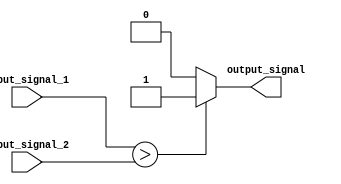
module comparator (
    input [7:0] input_signal_1,
    input [7:0] input_signal_2,
    output reg output_signal
);

always @(*) begin
    if (input_signal_1 > input_signal_2) begin
        output_signal <= 1'b1;
    end
    else if (input_signal_1 < input_signal_2) begin
        output_signal <= 1'b0;
    end
    else begin
        output_signal <= 1'b0;
    end
end

endmodule